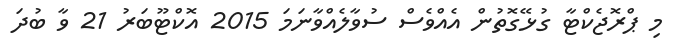
މި ޕްރޮޖެކްޓާ ގުޅޭގޮތުން އެއްވެސް ސުވާލެއްވާނަމަ 2015 އޮކްޓޫބަރު 21 ވާ ބުދަ